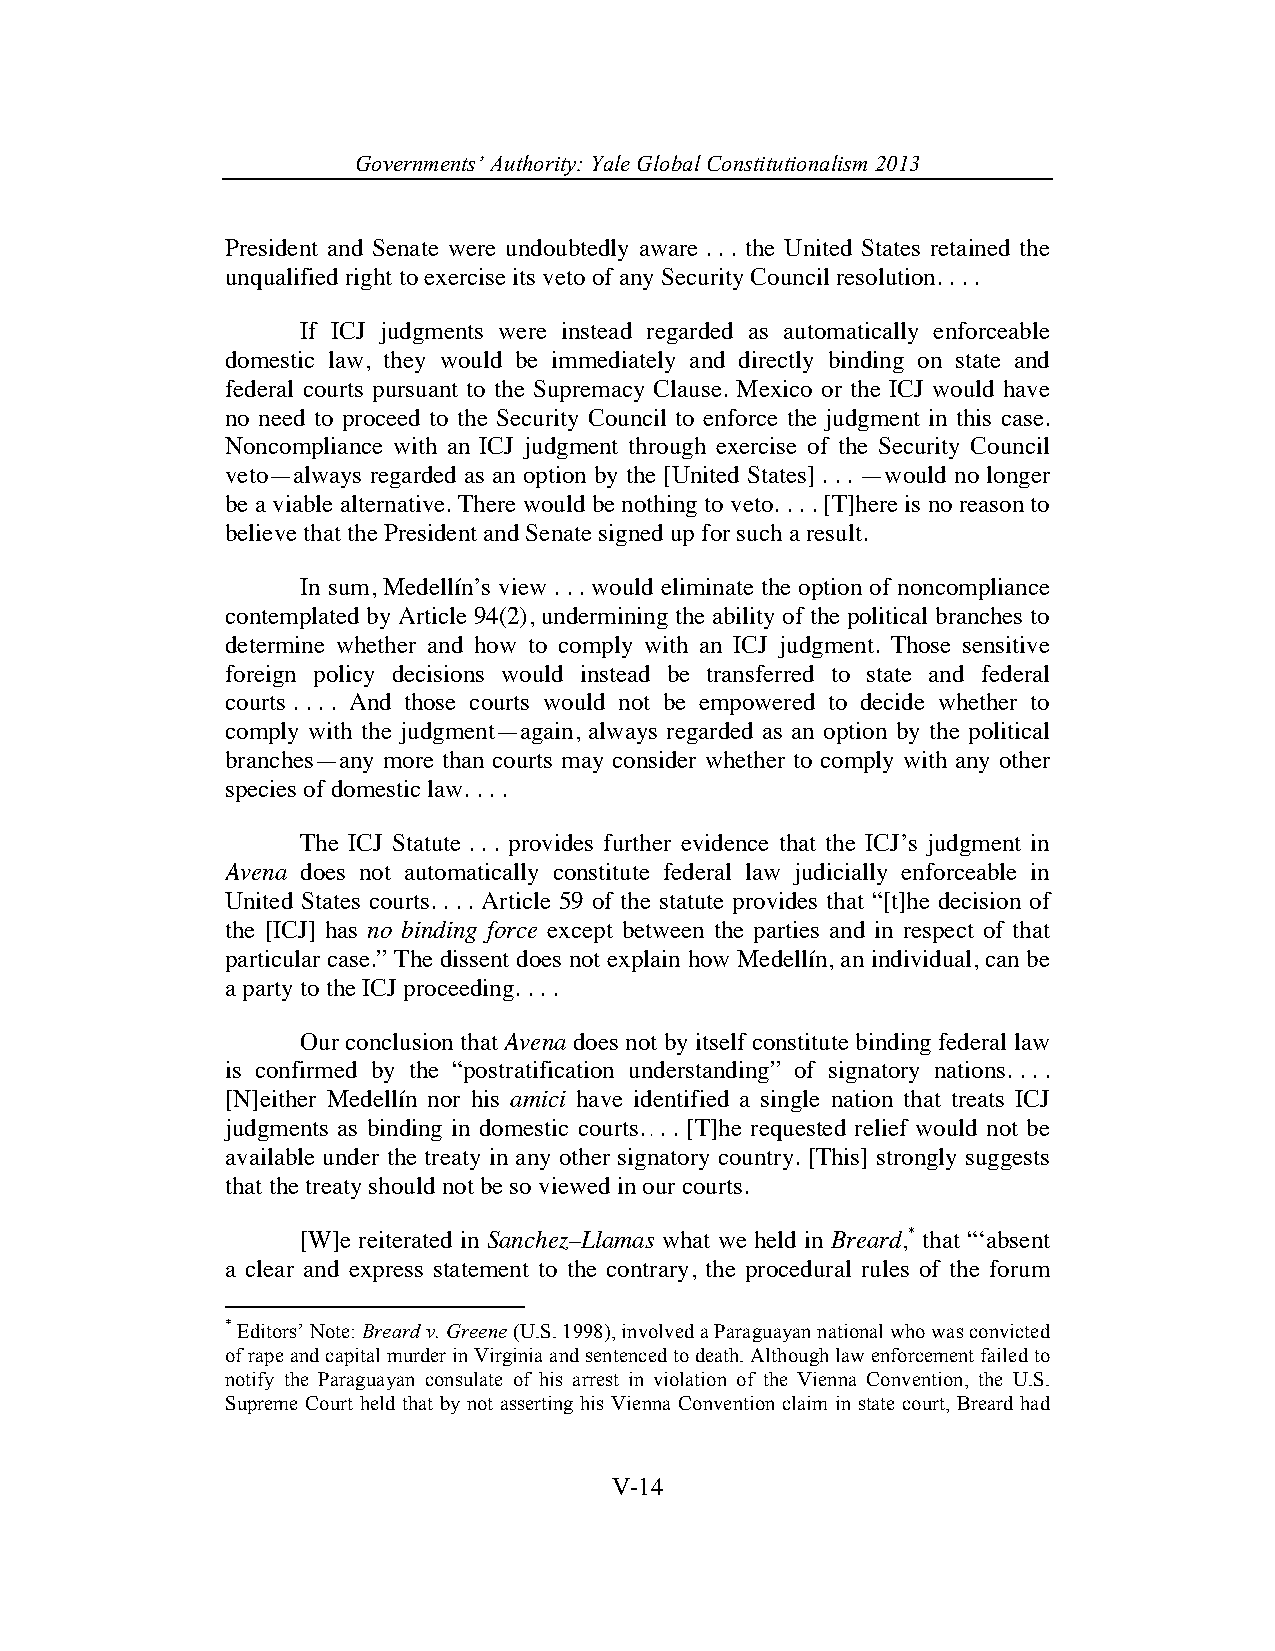
Governments’ Authority: Yale Global Constitutionalism 2013
 President and Senate were undoubtedly aware . . . the United States retained the
 unqualified right to exercise its veto of any Security Council resolution. . . .
 If ICJ judgments were instead regarded as automatically enforceable
 domestic law, they would be immediately and directly binding on state and
 federal courts pursuant to the Supremacy Clause. Mexico or the ICJ would have
 no need to proceed to the Security Council to enforce the judgment in this case.
 Noncompliance with an ICJ judgment through exercise of the Security Council
 veto—always regarded as an option by the [United States] . . . —would no longer
 be a viable alternative. There would be nothing to veto. . . . [T]here is no reason to
 believe that the President and Senate signed up for such a result.
 In sum, Medellín’s view . . . would eliminate the option of noncompliance
 contemplated by Article 94(2), undermining the ability of the political branches to
 determine whether and how to comply with an ICJ judgment. Those sensitive
 foreign policy decisions would instead be transferred to state and federal
 courts . . . . And those courts would not be empowered to decide whether to
 comply with the judgment—again, always regarded as an option by the political
 branches—any more than courts may consider whether to comply with any other
 species of domestic law. . . .
 The ICJ Statute . . . provides further evidence that the ICJ’s judgment in
 Avena does not automatically constitute federal law judicially enforceable in
 United States courts. . . . Article 59 of the statute provides that “[t]he decision of
 the [ICJ] has no binding force except between the parties and in respect of that
 particular case.” The dissent does not explain how Medellín, an individual, can be
 a party to the ICJ proceeding. . . .
 Our conclusion that Avena does not by itself constitute binding federal law
 is confirmed by the “postratification understanding” of signatory nations. . . .
 [N]either Medellín nor his amici have identified a single nation that treats ICJ
 judgments as binding in domestic courts. . . [T]he requested relief would not be
 .
 available under the treaty in any other signatory country. [This] strongly suggests
 that the treaty should not be so viewed in our courts.
 [W]e reiterated in Sanchez–Llamas what we held in Breard,* that “‘absent
 a clear and express statement to the contrary, the procedural rules of the forum
 * Editors’ Note: Breard v. Greene (U.S. 1998), involved a Paraguayan national who was convicted
 of rape and capital murder in Virginia and sentenced to death. Although law enforcement failed to
 notify the Paraguayan consulate of his arrest in violation of the Vienna Convention, the U.S.
 Supreme Court held that by not asserting his Vienna Convention claim in state court, Breard had
 V-14